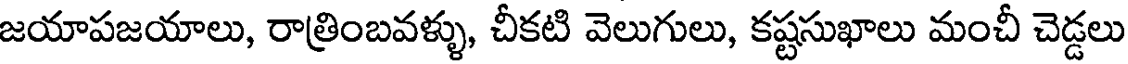
జయాపజయాలు, రాత్రింబవళ్ళు, చీకటి వెలుగులు, కష్టసుఖాలు మంచీ చెడ్డలు